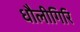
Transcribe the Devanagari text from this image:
धौलीगिरि